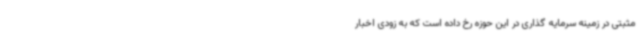
مثبتی در زمینه سرمایه گذاری در این حوزه رخ داده است که به زودی اخبار